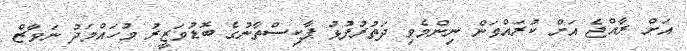
އަށް ރާއްޖެ އަށް ކުރައްވަން ނިންމެވި ދަތުރުފުޅު ޕާކިސްތާނުގެ ބޮޑުވަޒީރު މުހައްމަދު ނަވާޒް